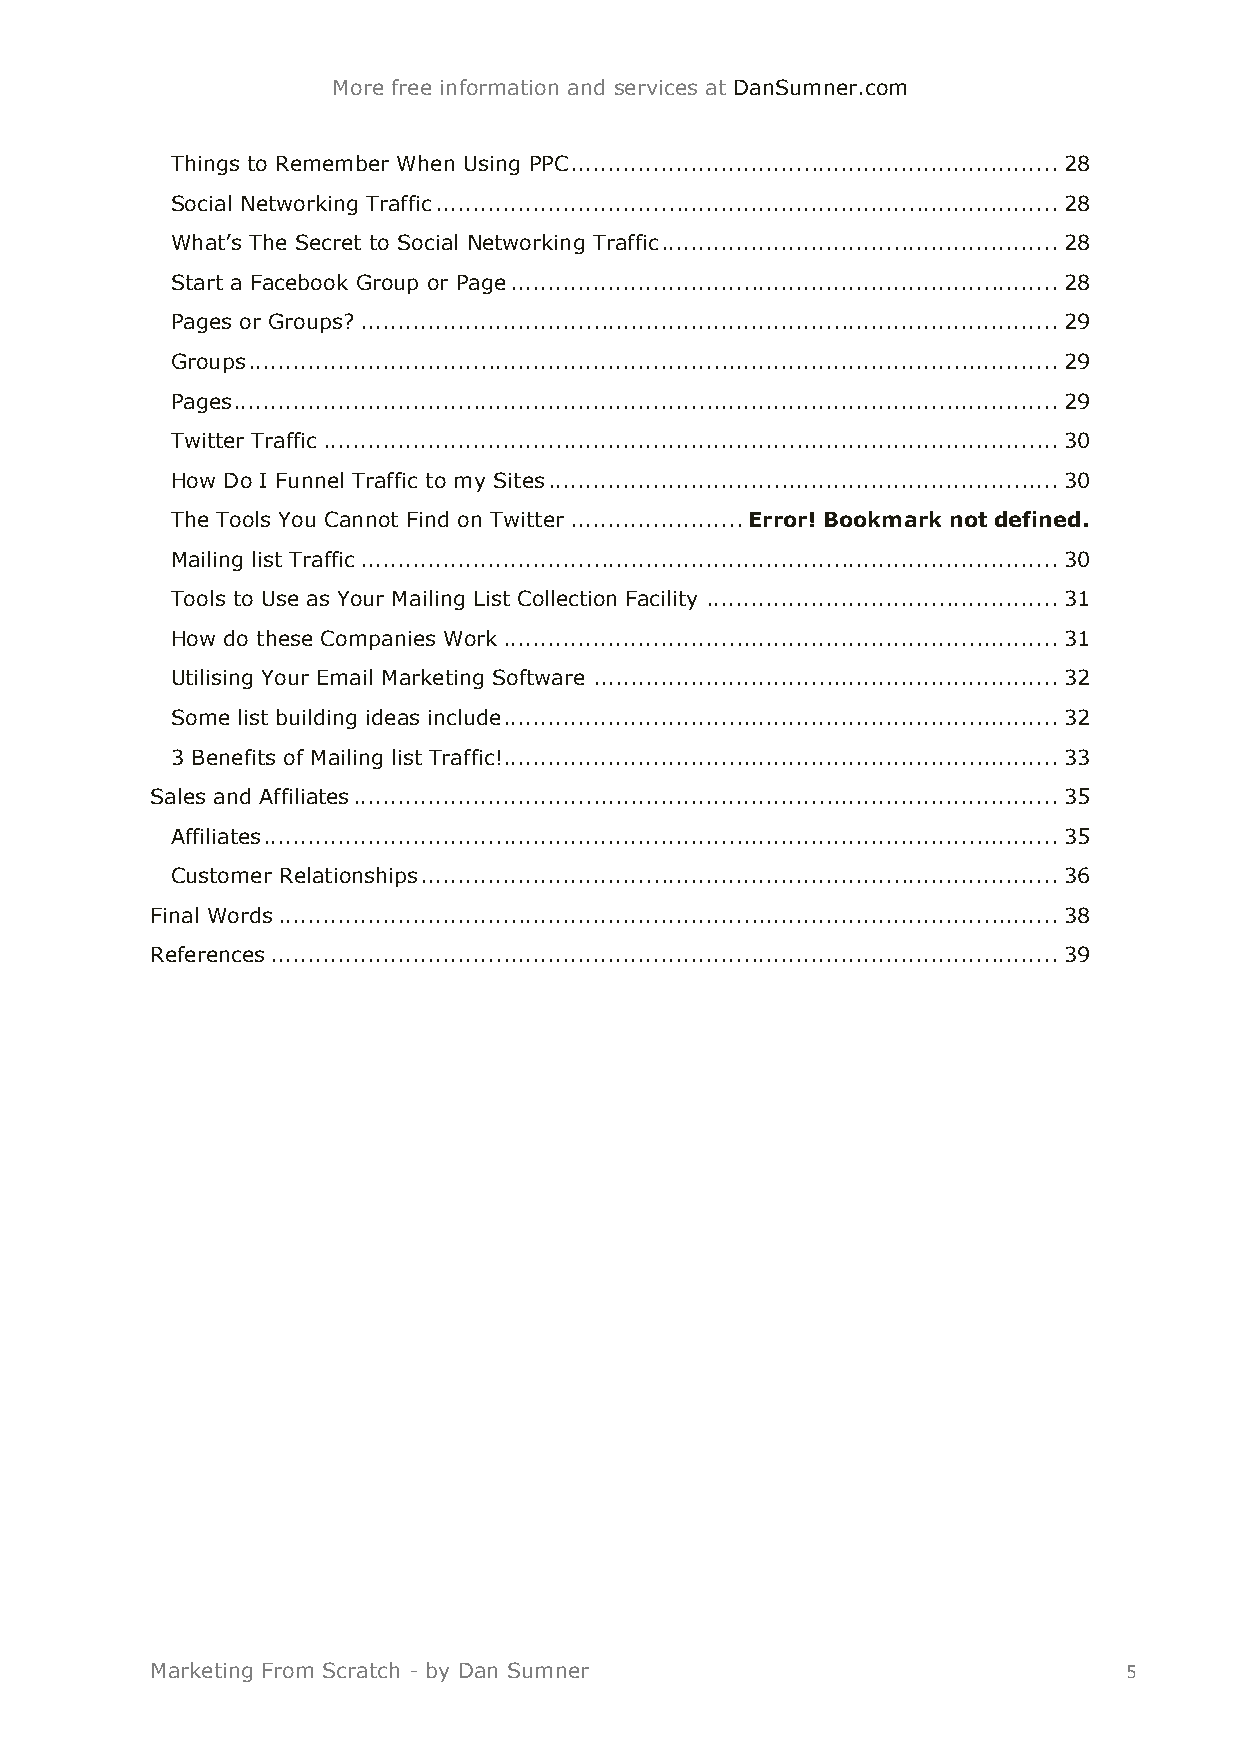
More free information and services at DanSumner.com
 Things to Remember When Using PPC ................................................................. 28
 Social Networking Traffic ................................................................................... 28
 What’s The Secret to Social Networking Traffic ..................................................... 28
 Start a Facebook Group or Page ......................................................................... 28
 Pages or Groups? ............................................................................................. 29
 Groups ............................................................................................................ 29
 Pages .............................................................................................................. 29
 Twitter Traffic .................................................................................................. 30
 How Do I Funnel Traffic to my Sites .................................................................... 30
 The Tools You Cannot Find on Twitter ....................... Error! Bookmark not defined.
 Mailing list Traffic ............................................................................................. 30
 Tools to Use as Your Mailing List Collection Facility ............................................... 31
 How do these Companies Work .......................................................................... 31
 Utilising Your Email Marketing Software .............................................................. 32
 Some list building ideas include .......................................................................... 32
 3 Benefits of Mailing list Traffic!.......................................................................... 33
 Sales and Affiliates .............................................................................................. 35
 Affiliates .......................................................................................................... 35
 Customer Relationships ..................................................................................... 36
 Final Words ........................................................................................................ 38
 References ......................................................................................................... 39
 Marketing From Scratch - by Dan Sumner                          5